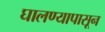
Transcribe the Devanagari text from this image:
घालण्यापासून